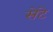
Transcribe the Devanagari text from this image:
सेंटे